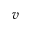
v